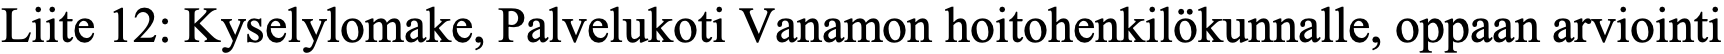
Liite 12: Kyselylomake, Palvelukoti Vanamon hoitohenkilökunnalle, oppaan arviointi